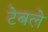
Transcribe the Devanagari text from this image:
टेबले